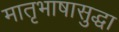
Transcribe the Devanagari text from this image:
मातृभाषासुद्धा